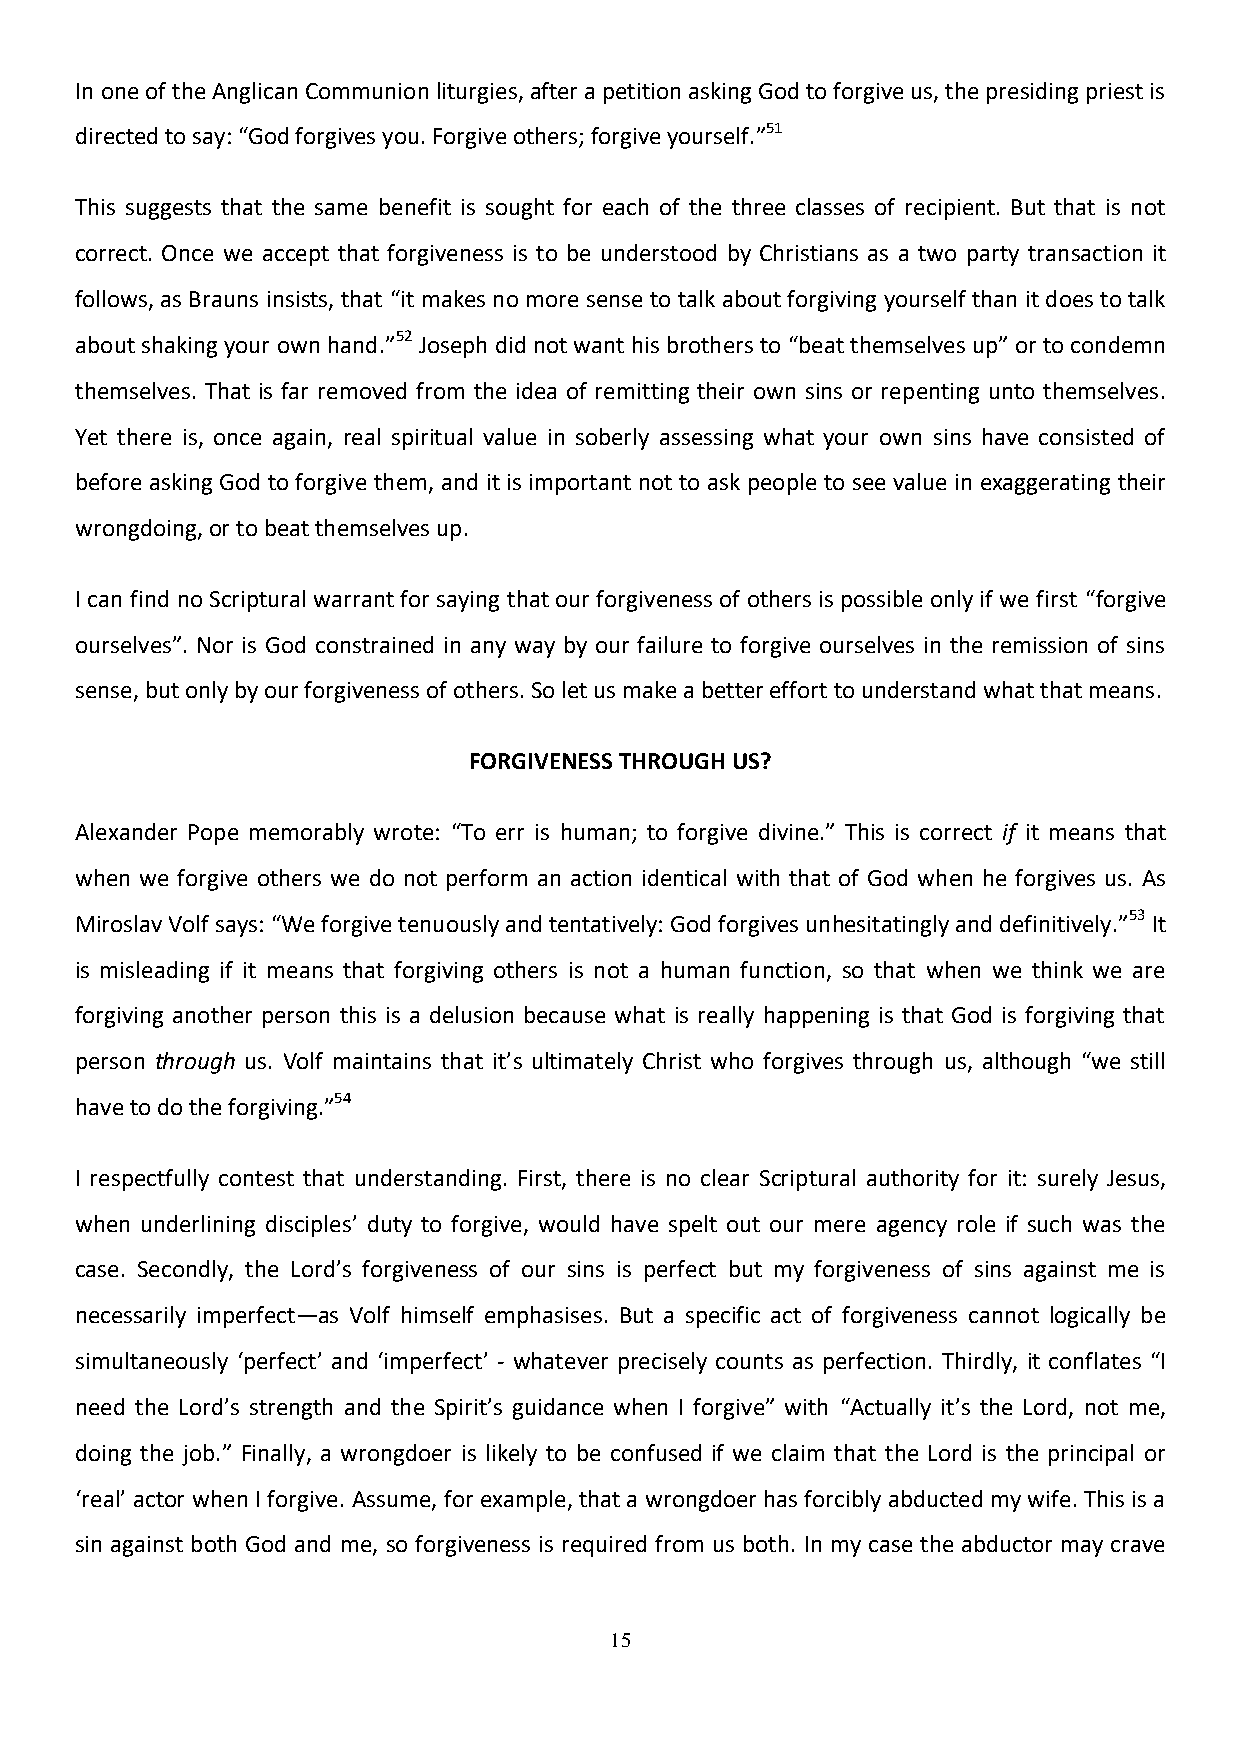
In one of the Anglican Communion liturgies, after a petition asking God to forgive us, the presiding priest is
 directed to say: “God forgives you. Forgive others; forgive yourself.”51
 This suggests that the same benefit is sought for each of the three classes of recipient. But that is not
 correct. Once we accept that forgiveness is to be understood by Christians as a two party transaction it
 follows, as Brauns insists, that “it makes no more sense to talk about forgiving yourself than it does to talk
 about shaking your own hand.”52 Joseph did not want his brothers to “beat themselves up” or to condemn
 themselves. That is far removed from the idea of remitting their own sins or repenting unto themselves.
 Yet there is, once again, real spiritual value in soberly assessing what your own sins have consisted of
 before asking God to forgive them, and it is important not to ask people to see value in exaggerating their
 wrongdoing, or to beat themselves up.
 I can find no Scriptural warrant for saying that our forgiveness of others is possible only if we first “forgive
 ourselves”. Nor is God constrained in any way by our failure to forgive ourselves in the remission of sins
 sense, but only by our forgiveness of others. So let us make a better effort to understand what that means.
 FORGIVENESS THROUGH US?
 Alexander Pope memorably wrote: “To err is human; to forgive divine.” This is correct if it means that
 when we forgive others we do not perform an action identical with that of God when he forgives us. As
 Miroslav Volf says: “We forgive tenuously and tentatively: God forgives unhesitatingly and definitively.”53 It
 is misleading if it means that forgiving others is not a human function, so that when we think we are
 forgiving another person this is a delusion because what is really happening is that God is forgiving that
 person through us. Volf maintains that it’s ultimately Christ who forgives through us, although “we still
 have to do the forgiving.”54
 I respectfully contest that understanding. First, there is no clear Scriptural authority for it: surely Jesus,
 when underlining disciples’ duty to forgive, would have spelt out our mere agency role if such was the
 case. Secondly, the Lord’s forgiveness of our sins is perfect but my forgiveness of sins against me is
 necessarily imperfect—as Volf himself emphasises. But a specific act of forgiveness cannot logically be
 simultaneously ‘perfect’ and ‘imperfect’ - whatever precisely counts as perfection. Thirdly, it conflates “I
 need the Lord’s strength and the Spirit’s guidance when I forgive” with “Actually it’s the Lord, not me,
 doing the job.” Finally, a wrongdoer is likely to be confused if we claim that the Lord is the principal or
 ‘real’ actor when I forgive. Assume, for example, that a wrongdoer has forcibly abducted my wife. This is a
 sin against both God and me, so forgiveness is required from us both. In my case the abductor may crave
 15